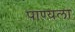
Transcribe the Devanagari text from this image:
पाण्यला